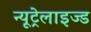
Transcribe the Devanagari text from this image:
न्यूट्रेलाइज्ड